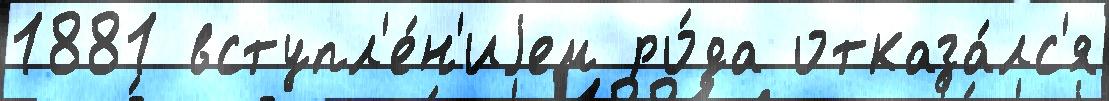
1881 вступл'е́н'иjем ро́да отказа́лс'я